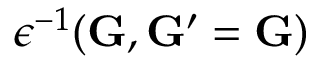
\epsilon ^ { - 1 } ( \mathbf { G } , \mathbf { G } ^ { \prime } = \mathbf { G } )